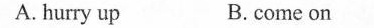
A. hurry up B.come on